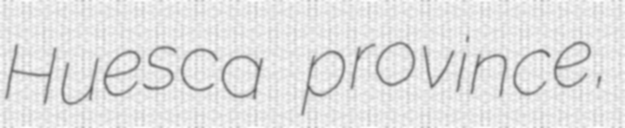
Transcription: Huesca province,